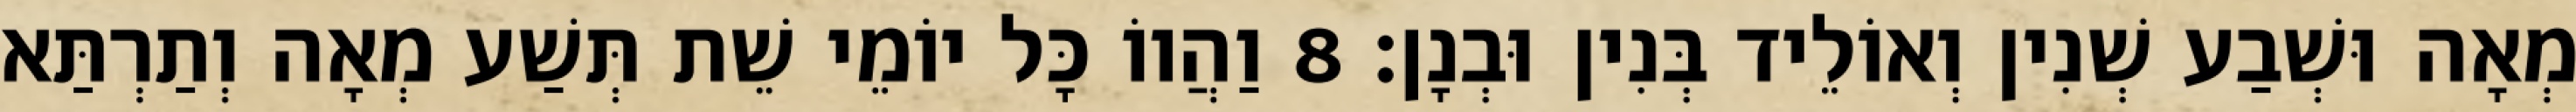
מְאָה וּשְׁבַע שְׁנִין וְאוֹלֵיד בְּנִין וּבְנָן׃ 8 וַהֲווֹ כָּל יוֹמֵי שֵׁת תְּשַׁע מְאָה וְתַרְתַּא